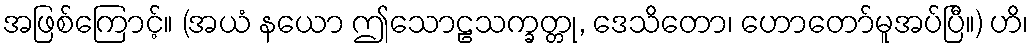
အဖြစ်ကြောင့်။ (အယံ နယော ဤသောဠသက္ခတ္တု, ဒေသိတော၊ ဟောတော်မူအပ်ပြီ။) ဟိ၊